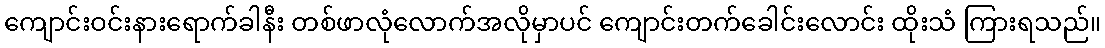
ကျောင်းဝင်းနားရောက်ခါနီး တစ်ဖာလုံလောက်အလိုမှာပင် ကျောင်းတက်ခေါင်းလောင်း ထိုးသံ ကြားရသည်။